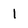
Character: 1